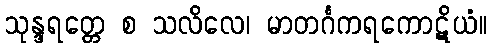
သုန္ဒရတ္တေ စ သလိလေ၊ မာတင်္ဂကရကောဋိယံ။